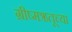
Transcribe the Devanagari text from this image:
ग्रीष्मऋतूच्या